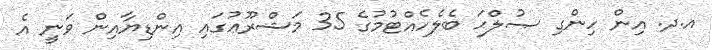
އ.ދ. އިން ހިންގި ޞުލްޙަ ބެލެހެއްޓުމުގެ 35 މަޝްރޫޢުގައި އިންޑިޔާއިން ވަނީ އެ